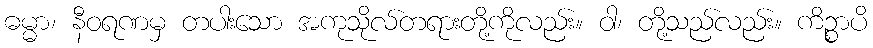
ဓမ္မာ၊ နီဝရဏမှ တပါးသော အကုသိုလ်တရားတို့ကိုလည်း။ ဝါ၊ တို့သည်လည်း။ ကိဉ္စာပိ